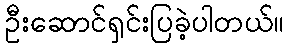
ဦးဆောင်ရှင်းပြခဲ့ပါတယ်။